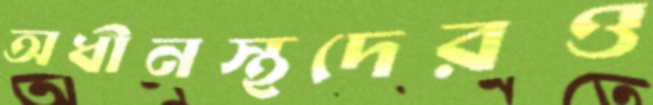
অধীনস্থদেরও